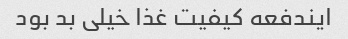
ایندفعه کیفیت غذا خیلی بد بود